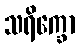
သရိက္ခော